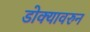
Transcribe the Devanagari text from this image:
डोक्यावरुन